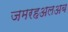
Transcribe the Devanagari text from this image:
जमरहअलअब